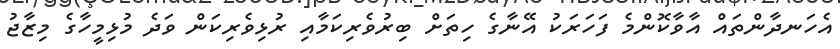
އެހަނދާންތައް އާވާކޮންމެ ފަހަރަކު އޭނާގެ ހިތަށް ބިރުވެރިކަމާއި ރުޅިވެރިކަން ވަދެ މުޅިމީހާގެ މިޒާޖު